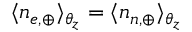
\langle n _ { e , \oplus } \rangle _ { \theta _ { z } } = \langle n _ { n , \oplus } \rangle _ { \theta _ { z } }